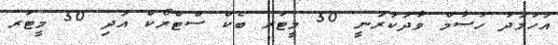
އަހުމަދު ހުސާމް ވާދަކުރަނީ 50 މީޓަރ ބެކް ސްޓްރޯކް އަދި 50 މީޓަރ